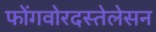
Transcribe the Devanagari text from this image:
फोंगवोरदस्तेलेसन